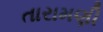
તારામણી